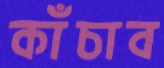
কাঁচাব